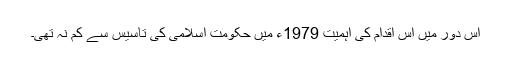
اس دور میں اس اقدام کی اہمیت 1979ء میں حکومت اسلامی کی تاسیس سے کم نہ تهی۔